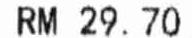
RM 29.70